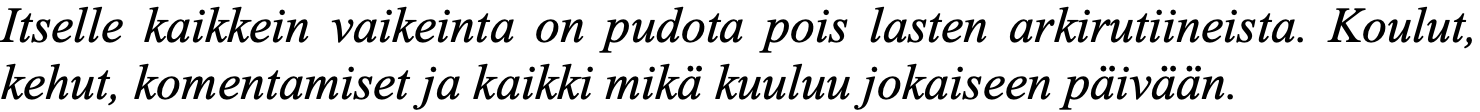
Itselle kaikkein vaikeinta on pudota pois lasten arkirutiineista. Koulut, kehut, komentamiset ja kaikki mikä kuuluu jokaiseen päivään.